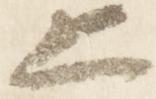
上